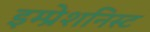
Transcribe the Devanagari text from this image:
इम्प्रेशनिस्ट